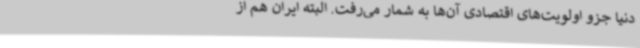
دنیا جزو اولویت‌های اقتصادی آن‌ها به شمار می‌رفت. البته ایران هم از